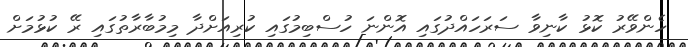
ހެންވޭރު ކޮޅު ކާނިވާ ސަރަހައްދުގައި އޮންނަ ހުސްބިމުގައި ކުރިއަށްދާ މިމުބާރާތުގައި ރޭ ކުޅުމަށް